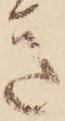
き